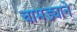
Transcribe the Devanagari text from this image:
चामड्याने